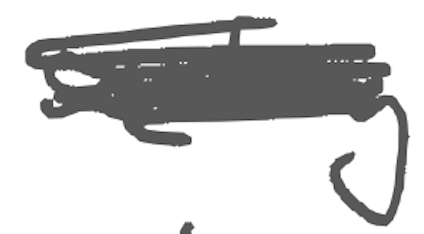
Text: seeking
Cross-out: scratch
Writing tool: digital_gray